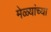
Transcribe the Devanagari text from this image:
मेळ्यांच्या